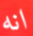
انه